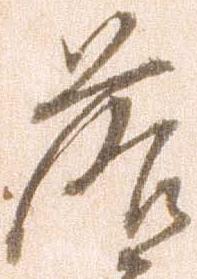
落